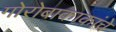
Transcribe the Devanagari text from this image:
गोरोबाकाकांचे